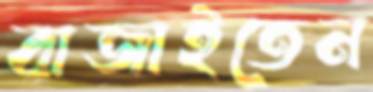
বাজাইতেন